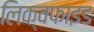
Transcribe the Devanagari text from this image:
लिक्वफाइड